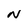
Character: N